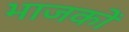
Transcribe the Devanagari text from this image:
भाजकों